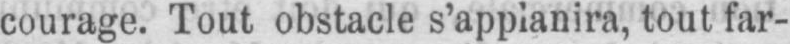
courage. Tout obstacle s’applanira, tout far-